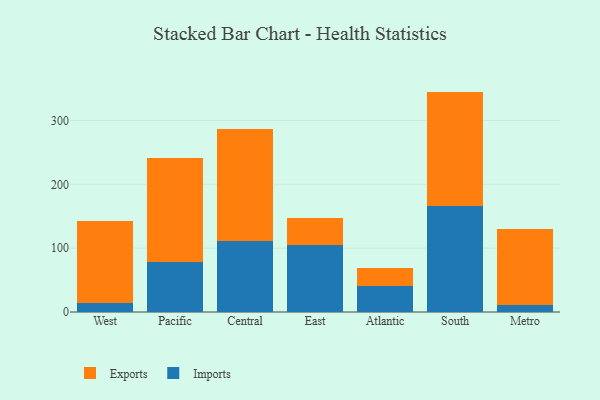
{"axis": {"x": "Region", "y": "Energy Usage (MWh)"}, "legend": ["Exports", "Imports"], "data": [{"x": "West", "y": 13.7, "type": "Imports"}, {"x": "West", "y": 128.1, "type": "Exports"}, {"x": "Pacific", "y": 78.0, "type": "Imports"}, {"x": "Pacific", "y": 162.7, "type": "Exports"}, {"x": "Central", "y": 111.2, "type": "Imports"}, {"x": "Central", "y": 175.5, "type": "Exports"}, {"x": "East", "y": 105.7, "type": "Imports"}, {"x": "East", "y": 42.1, "type": "Exports"}, {"x": "Atlantic", "y": 40.5, "type": "Imports"}, {"x": "Atlantic", "y": 27.7, "type": "Exports"}, {"x": "South", "y": 165.4, "type": "Imports"}, {"x": "South", "y": 179.8, "type": "Exports"}, {"x": "Metro", "y": 11.7, "type": "Imports"}, {"x": "Metro", "y": 119.0, "type": "Exports"}]}